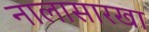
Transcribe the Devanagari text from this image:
नालासारखा